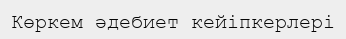
Көркем әдебиет кейіпкерлері